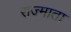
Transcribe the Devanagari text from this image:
राज्माता